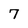
Character: 7